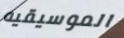
الموسيقيه